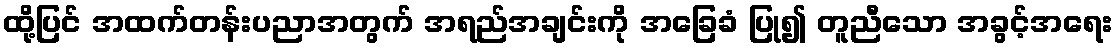
ထို့ပြင် အထက်တန်းပညာအတွက် အရည်အချင်းကို အခြေခံ ပြု၍ တူညီသော အခွင့်အရေး